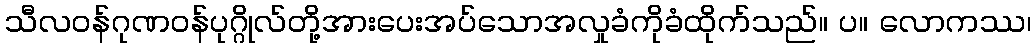
သီလဝန်ဂုဏဝန်ပုဂ္ဂိုလ်တို့အားပေးအပ်သောအလှုခံကိုခံထိုက်သည်။ ပ။ လောကဿ၊